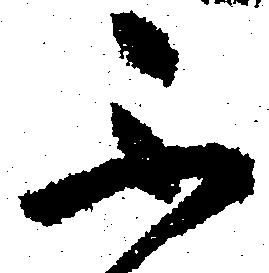
不